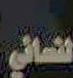
الماني